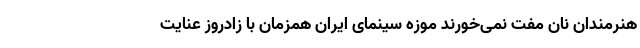
هنرمندان نان مفت نمی‌خورند موزه سینمای ایران همزمان با زادروز عنایت